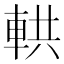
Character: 輁